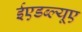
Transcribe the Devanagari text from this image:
ईएडब्ल्यूए